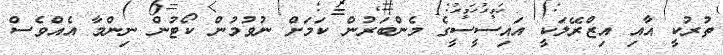
ތުރުކީ އާއި އިޒްރޭލަކީ އައިސީސީގެ މެންބަރުން ކަމަށް ނުވުމުން ކޯޓުން ނިންމާ އެއްވެސް